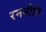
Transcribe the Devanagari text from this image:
रननीति